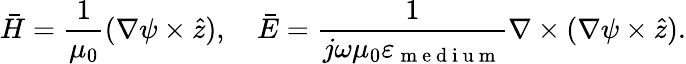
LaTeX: \bar{H}=\frac{1}{\mu_{0}}(\nabla\psi\times\hat{z}),\quad\bar{E}=\frac{1}{j\omega\mu_{0}\varepsilon_{\mathrm{~m~e~d~i~u~m~}}}\nabla\times(\nabla\psi\times\hat{z}).